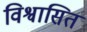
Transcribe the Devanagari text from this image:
विश्वासित